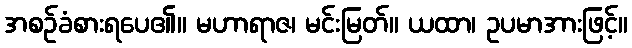
အစဉ်ခံစားရပေ၏။ မဟာရာဇ၊ မင်းမြတ်။ ယထာ၊ ဥပမာအားဖြင့်။